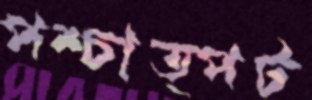
পশ্চাত্পট